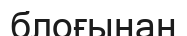
блоғынан